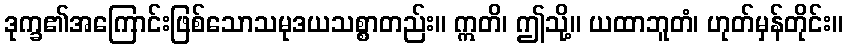
ဒုက္ခ၏အကြောင်းဖြစ်သောသမုဒယသစ္စာတည်း။ ဣတိ၊ ဤသို့။ ယထာဘူတံ၊ ဟုတ်မှန်တိုင်း။